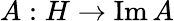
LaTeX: A:H\to\operatorname{Im}A